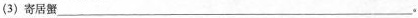
(3)寄居蟹___。